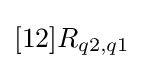
[12]R_{q2,q1}